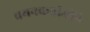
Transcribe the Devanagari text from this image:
चयनकर्ताओंने